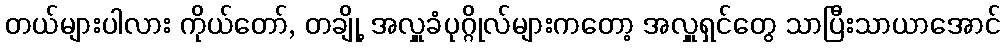
တယ်များပါလား ကိုယ်တော်, တချို့ အလှူခံပုဂ္ဂိုလ်များကတော့ အလှူရှင်တွေ သာပြီးသာယာအောင်